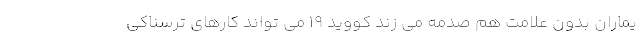
یماران بدون علامت هم صدمه می زند کووید ۱۹ می تواند کارهای ترسناکی